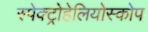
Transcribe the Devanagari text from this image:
स्पेक्ट्रोहेलियोस्कोप